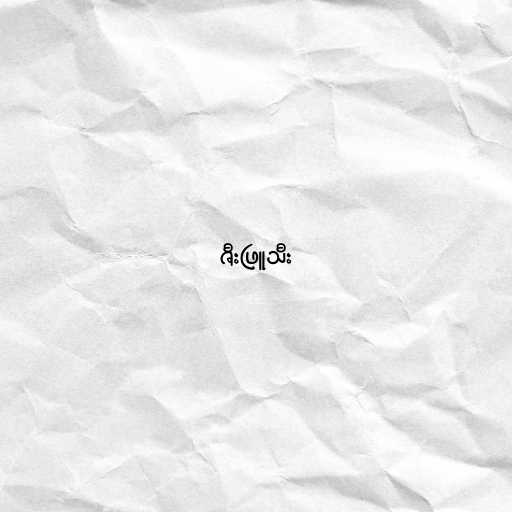
ဇီးဖြူသီး